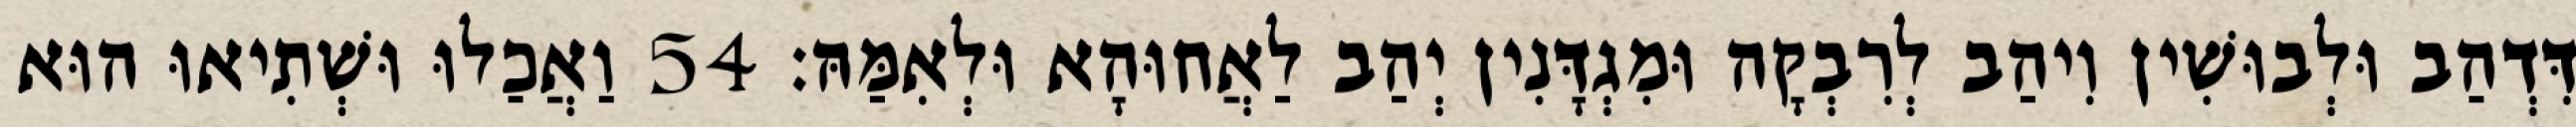
דִּדְהַב וּלְבוּשִׁין וִיהַב לְרִבְקָה וּמִגְדָּנִין יְהַב לַאֲחוּהָא וּלְאִמַּהּ׃ 54 וַאֲכַלוּ וּשְׁתִיאוּ הוּא